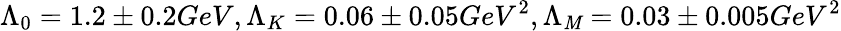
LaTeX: \Lambda_{0}=1.2\pm0.2GeV,\Lambda_{K}=0.06\pm0.05GeV^{2},\Lambda_{\mathit{M}}=0.03\pm0.005GeV^{2}